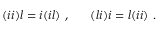
( i i ) l = i ( i l ) ~ , ~ ~ ~ ~ ~ ( l i ) i = l ( i i ) ~ .